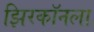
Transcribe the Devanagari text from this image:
झिरकॉनला